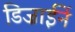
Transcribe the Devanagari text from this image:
डिज़ाईनें